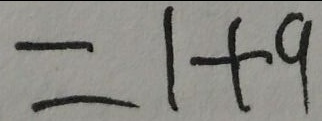
= 1 + 9